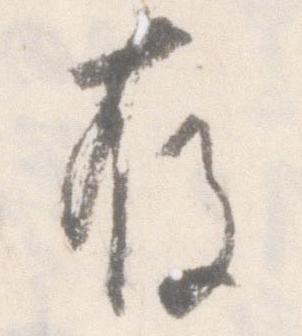
存